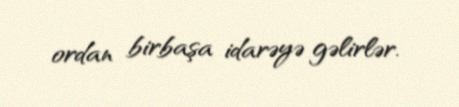
ordan birbaşa idarəyə gəlirlər.